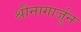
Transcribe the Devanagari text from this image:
श्रीनागार्जुन